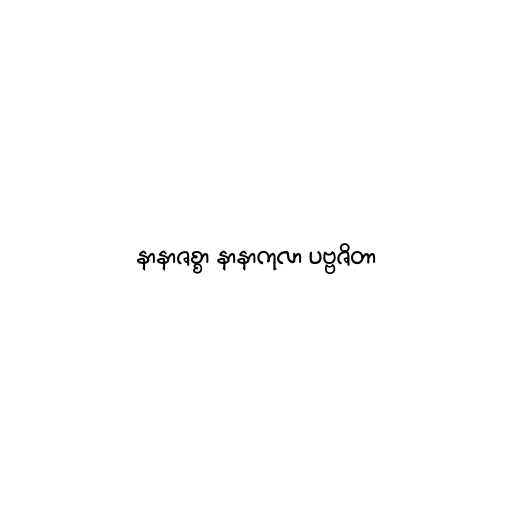
နာနာဇစ္စာ နာနာကုလာ ပဗ္ဗဇိတာ